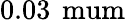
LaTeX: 0.03\, \mathrm{\ mum}